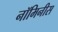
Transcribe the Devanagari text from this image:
नॉमिनीस